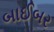
બાઈબર